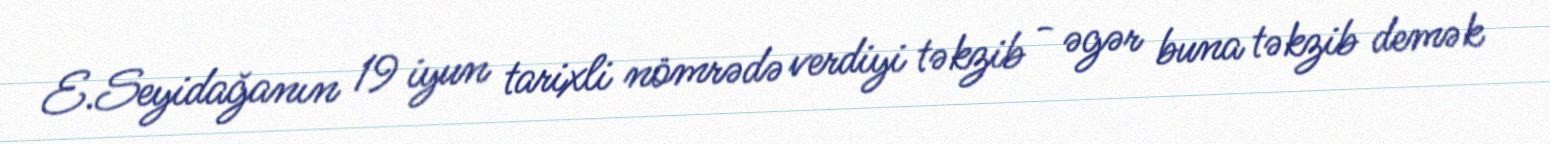
E.Seyidağanın 19 iyun tarixli nömrədə verdiyi təkzib - əgər buna təkzib demək